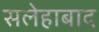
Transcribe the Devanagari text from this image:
सलेहाबाद